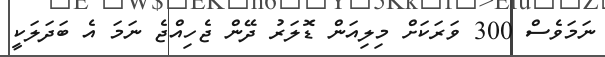
ނަމަވެސް 300 ވަރަކަށް މިލިއަން ޑޮލަރު ދޭން ޖެހިއްޖެ ނަމަ އެ ބަދަލަކީ